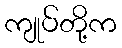
ကျုပ်တို့က